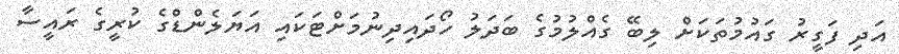
އަދި ފަގީރު ގައުމުތަކަށް ލިބޭ ގެއްލުމުގެ ބަދަލު ހޯދައިދިނުމަށްޓަކައި އަޔަލެންޑްގެ ކުރީގެ ރައީސާ